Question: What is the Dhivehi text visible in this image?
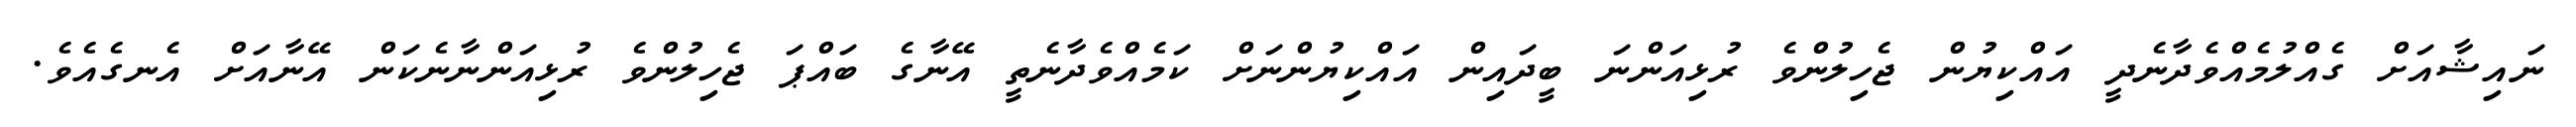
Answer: ނައިޝާއަށް ގެއްލުމެއްވެދާނެދީ އައްކިޔުން ޖެހިލުންވެ ރުޅިއަންނަ ބީދައިން އައްކިޔުންނަށް ކަމެއްވެދާނެތީ އޭނާގެ ބައްޕަ ޖެހިލުންވެ ރުޅިއަންނާނެކަން އޭނާއަށް އެނގެއެވެ.